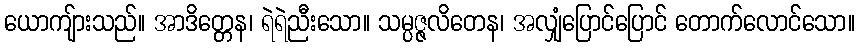
ယောကျ်ားသည်။ အာဒိတ္တေန၊ ရဲရဲညီးသော။ သမ္ပဇ္ဇလိတေန၊ အလျှံပြောင်ပြောင် တောက်လောင်သော။